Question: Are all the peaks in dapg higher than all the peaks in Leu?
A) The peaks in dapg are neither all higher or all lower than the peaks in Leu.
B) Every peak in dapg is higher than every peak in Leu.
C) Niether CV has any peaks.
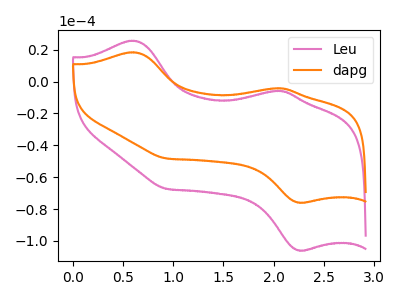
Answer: <think>The pink curve "Leu" has anodic peaks at (0.60V, 25.65uA) (2.05V, -5.80uA) and cathodic peaks at (2.25V, -105.95uA) (0.95V, -67.30uA). The orange curve "dapg" has anodic peaks at (0.60V, 18.35uA) (2.05V, -4.15uA) and cathodic peaks at (2.25V, -75.95uA) (0.95V, -48.25uA).</think>
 <answer>A) The peaks in "dapg" are neither all higher or all lower than the peaks in "Leu".</answer>
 <eval>A</eval>